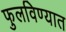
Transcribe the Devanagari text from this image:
फुलविण्यात